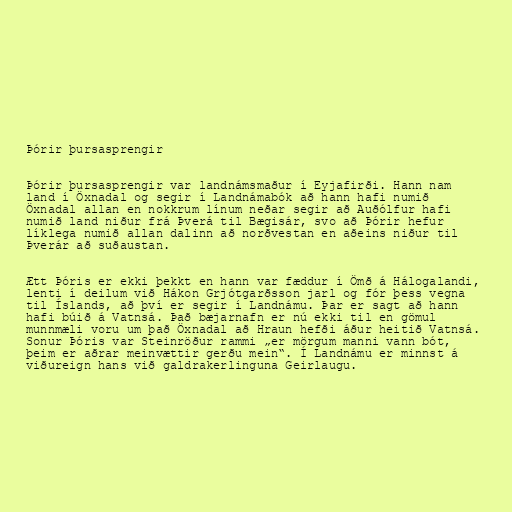
Þórir þursasprengir

Þórir þursasprengir var landnámsmaður í Eyjafirði. Hann nam
land í Öxnadal og segir í Landnámabók að hann hafi numið
Öxnadal allan en nokkrum línum neðar segir að Auðólfur hafi
numið land niður frá Þverá til Bægisár, svo að Þórir hefur
líklega numið allan dalinn að norðvestan en aðeins niður til
Þverár að suðaustan.

Ætt Þóris er ekki þekkt en hann var fæddur í Ömð á Hálogalandi,
lenti í deilum við Hákon Grjótgarðsson jarl og fór þess vegna
til Íslands, að því er segir í Landnámu. Þar er sagt að hann
hafi búið á Vatnsá. Það bæjarnafn er nú ekki til en gömul
munnmæli voru um það Öxnadal að Hraun hefði áður heitið Vatnsá.
Sonur Þóris var Steinröður rammi „er mörgum manni vann bót,
þeim er aðrar meinvættir gerðu mein“. Í Landnámu er minnst á
viðureign hans við galdrakerlinguna Geirlaugu.